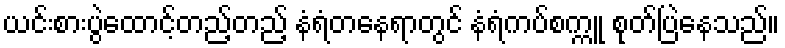
ယင်းစားပွဲထောင့်တည့်တည့် နံရံတနေရာတွင် နံရံကပ်စက္ကူ စုတ်ပြဲနေသည်။